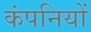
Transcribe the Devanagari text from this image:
कंपनियों